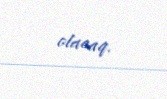
olacaq.